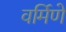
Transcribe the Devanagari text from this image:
वर्मिणे